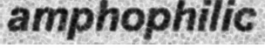
amphophilic